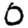
Digit: 0